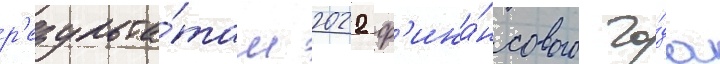
р'езульта́там 2022 ф'ина́нсового го́да